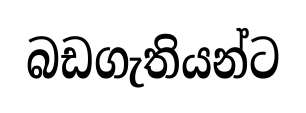
බඩගැතියන්ට